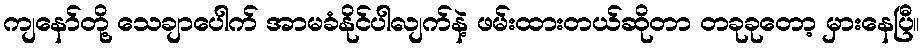
ကျနော်တို့ သေချာပေါက် အာမခံနိုင်ပါလျက်နဲ့ ဖမ်းထားတယ်ဆိုတာ တခုခုတော့ မှားနေပြီ။